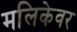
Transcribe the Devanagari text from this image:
मलिकेवर